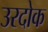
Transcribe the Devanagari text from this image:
उरदोक